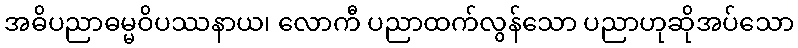
အဓိပညာဓမ္မဝိပဿနာယ၊ လောကီ ပညာထက်လွန်သော ပညာဟုဆိုအပ်သော